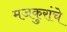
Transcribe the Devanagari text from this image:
मजकुरांचे